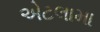
એટલામા